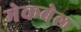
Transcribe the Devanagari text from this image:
मेकबेल